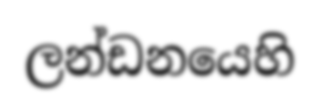
ලන්ඩනයෙහි